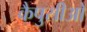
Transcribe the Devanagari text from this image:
कैपुसीओ